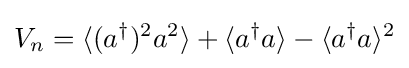
V_{n}=\langle {(a^{\dagger }})^{2}a^{2}\rangle +\langle a^{\dagger }a\rangle -\langle a^{\dagger }a\rangle ^{2}